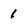
Character: 1